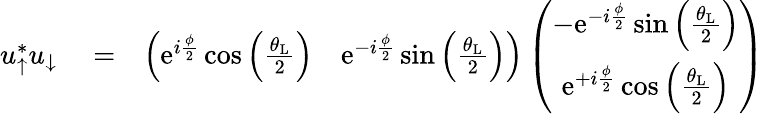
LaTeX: \begin{array}{rlr}{u_{\uparrow}^{*}u_{\downarrow}}&{{}=}&{\left(\begin{array}{cc}{\mathrm{e}^{i\frac{\phi}{2}}\cos\left(\frac{\theta_{\mathrm{L}}}{2}\right)}&{\mathrm{e}^{-i\frac{\phi}{2}}\sin\left(\frac{\theta_{\mathrm{L}}}{2}\right)}\end{array}\right)\left(\begin{array}{c}{-\mathrm{e}^{-i\frac{\phi}{2}}\sin\left(\frac{\theta_{\mathrm{L}}}{2}\right)}\\ {\mathrm{e}^{+i\frac{\phi}{2}}\cos\left(\frac{\theta_{\mathrm{L}}}{2}\right)}\end{array}\right)}\end{array}